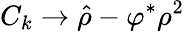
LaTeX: C_{k}\to\hat{\rho}-\varphi^{\ast}\rho^{2}